Indian journal of veterinary science and animal husbandry - Volume 13,
Year: 1943
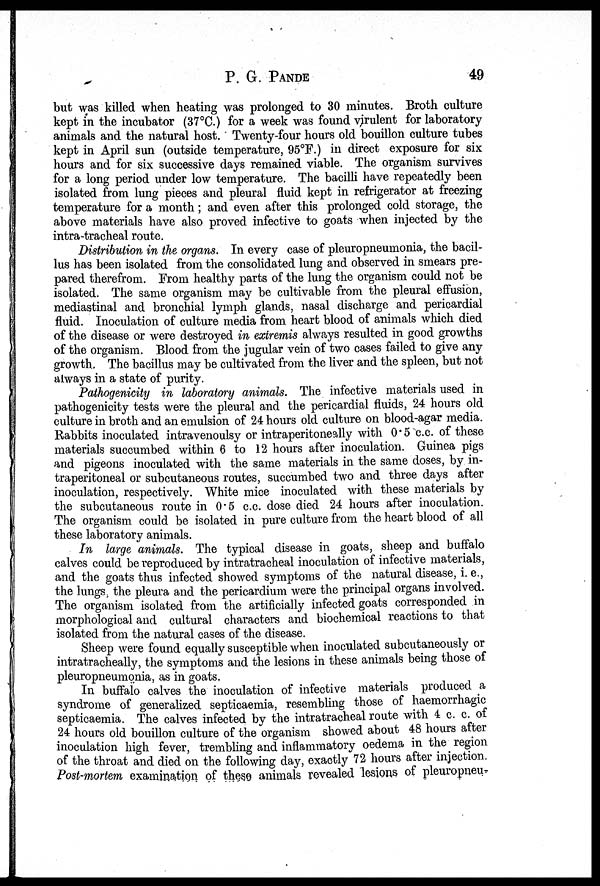
P. G. PANDE 49
but was killed when heating was prolonged to 30 minutes. Broth culture
kept in the incubator (37°C.) for a week was found virulent for laboratory
animals and the natural host. Twenty-four hours old bouillon culture tubes
kept in April sun (outside temperature, 95°F.) in direct exposure for six
hours and for six successive days remained viable. The organism survives
for a long period under low temperature. The bacilli have repeatedly been
isolated from lung pieces and pleural fluid kept in refrigerator at freezing
temperature for a month; and even after this prolonged cold storage, the
above materials have also proved infective to goats when injected by the
intra-tracheal route.
Distribution in the organs. In every case of pleuropneumonia, the bacil-
lus has been isolated from the consolidated lung and observed in smears pre-
pared therefrom. From healthy parts of the lung the organism could not be
isolated. The same organism may be cultivable from the pleural effusion,
mediastinal and bronchial lymph glands, nasal discharge and pericardial
fluid. Inoculation of culture media from heart blood of animals which died
of the disease or were destroyed in extremis always resulted in good growths
of the organism. Blood from the jugular vein of two cases failed to give any
growth. The bacillus may be cultivated from the liver and the spleen, but not
always in a state of purity.
Pathogenicity in laboratory animals. The infective materials used in
pathogenicity tests were the pleural and the pericardial fluids, 24 hours old
culture in broth and an emulsion of 24 hours old culture on blood-agar media.
Rabbits inoculated intravenoulsy or intraperitoneally with 0.5 c.c. of these
materials succumbed within 6 to 12 hours after inoculation. Guinea pigs
and pigeons inoculated with the same materials in the same doses, by in-
traperitoneal or subcutaneous routes, succumbed two and three days after
inoculation, respectively. White mice inoculated with these materials by
the subcutaneous route in 0.5 c.c. dose died 24 hours after inoculation.
The organism could be isolated in pure culture from the heart blood of all
these laboratory animals.
In large animals. The typical disease in goats, sheep and buffalo
calves could be reproduced by intratracheal inoculation of infective materials,
and the goats thus infected showed symptoms of the natural disease, i. e.,
the lungs, the pleura and the pericardium were the principal organs involved.
The organism isolated from the artificially infected goats corresponded in
morphological and cultural characters and biochemical reactions to that
isolated from the natural cases of the disease.
Sheep were found equally susceptible when inoculated subcutaneously or
intratracheally, the symptoms and the lesions in these animals being those of
pleuropneumonia, as in goats.
In buffalo calves the inoculation of infective materials produced a
syndrome of generalized septicaemia, resembling those of haemorrhagic
septicaemia. The calves infected by the intratracheal route with 4 c. c. of
24 hours old bouillon culture of the organism showed about 48 hours after
inoculation high fever, trembling and inflammatory oedema in the region
of the throat and died on the following day, exactly 72 hours after injection.
Post-mortem examination of these animals revealed lesions of pleuropneu¬